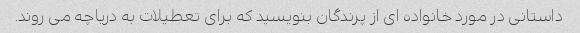
داستانی در مورد خانواده ای از پرندگان بنویسید که برای تعطیلات به دریاچه می روند.